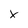
Character: X